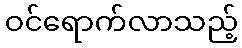
ဝင်ရောက်လာသည့်